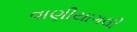
વાણીયાગલી